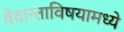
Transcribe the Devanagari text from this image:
वेदान्ताविषयामध्ये